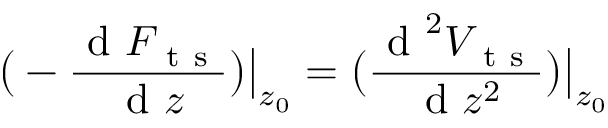
\big ( - \frac { \mathrm { ~ d ~ } F _ { \mathrm { ~ t ~ s ~ } } } { \mathrm { ~ d ~ } z } \big ) \big | _ { z _ { 0 } } = \big ( \frac { \mathrm { ~ d ~ } ^ { 2 } V _ { \mathrm { ~ t ~ s ~ } } } { \mathrm { ~ d ~ } z ^ { 2 } } \big ) \big | _ { z _ { 0 } }